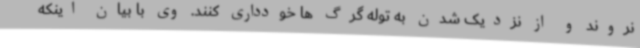
نروند و از نزدیک شدن به توله گرگ ها خودداری کنند. وی با بیان اینکه